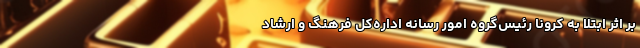
بر اثر ابتلا به کرونا رئیس‌گروه امور رسانه اداره‌کل فرهنگ و ارشاد